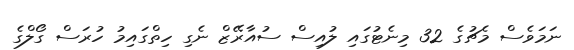
ނަމަވެސް މެޗުގެ 32 މިނެޓުގައި ލުއިސް ސުއާރޭޒް ނެގި ހިތްގައިމު ހުރަސް ގޯލްގެ